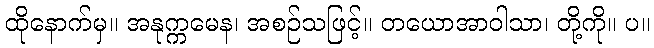
ထိုနောက်မှ။ အနုက္ကမေန၊ အစဉ်သဖြင့်။ တယောအာဝါသာ၊ တို့ကို။ ပ။